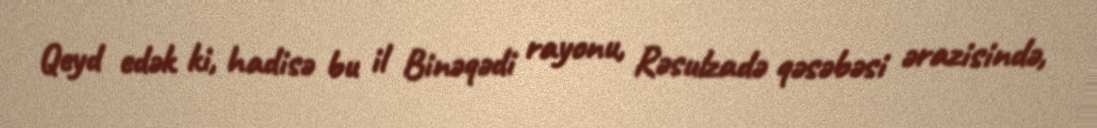
Qeyd edək ki, hadisə bu il Binəqədi rayonu, Rəsulzadə qəsəbəsi ərazisində,